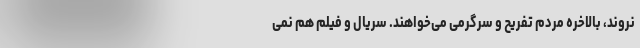
نروند، بالاخره مردم تفریح و سرگرمی می‌خواهند. سریال و فیلم هم نمی